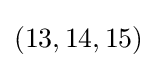
(13,14,15)